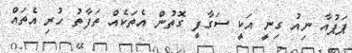
ޕަޕުއާ ނިއު ގިނީ އަކީ ސަގާފީ ގޮތުން އެތަކެއް ތަފާތު ހުރި އެތައް